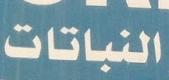
التمور